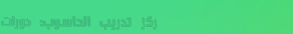
مركز تدريب الحاسوب: دورات